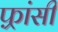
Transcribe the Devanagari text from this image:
फ़्रांसी